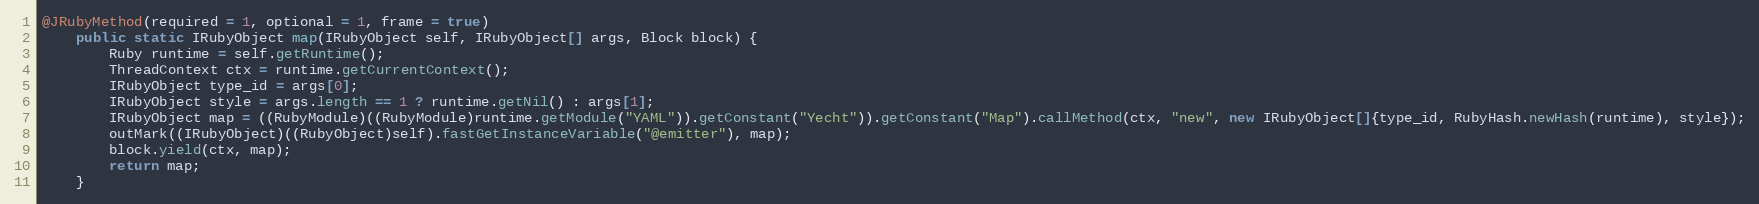
Language: Java
@JRubyMethod(required = 1, optional = 1, frame = true)
    public static IRubyObject map(IRubyObject self, IRubyObject[] args, Block block) {
        Ruby runtime = self.getRuntime();
        ThreadContext ctx = runtime.getCurrentContext();
        IRubyObject type_id = args[0];
        IRubyObject style = args.length == 1 ? runtime.getNil() : args[1];
        IRubyObject map = ((RubyModule)((RubyModule)runtime.getModule("YAML")).getConstant("Yecht")).getConstant("Map").callMethod(ctx, "new", new IRubyObject[]{type_id, RubyHash.newHash(runtime), style});
        outMark((IRubyObject)((RubyObject)self).fastGetInstanceVariable("@emitter"), map);
        block.yield(ctx, map);
        return map;
    }